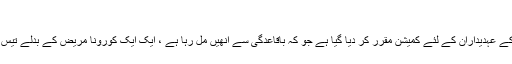
)
’’ حکومت اور اسٹیبلشمنٹ ایک ہی پلیٹ فارم پر ہے اوپر سے لے کر نیچے تک کے عہدیداران کے لئے کمیشن مقرر کر دیا گیا ہے جو کہ باقاعدگی سے انھیں مل رہا ہے ، ایک ایک کورونا مریض کے بدلے تیس لاکھ مل رہے ہیں اور لواحقین کو ۵ لاکھ ، گیم ہے سب کی سب‘‘ ( ممکنہ جواب۔